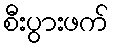
စီးပွားဖက်